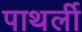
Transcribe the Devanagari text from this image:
पाथर्ली